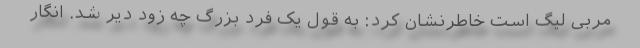
مربی لیگ است خاطرنشان کرد: به قول یک فرد بزرگ چه زود دیر شد. انگار